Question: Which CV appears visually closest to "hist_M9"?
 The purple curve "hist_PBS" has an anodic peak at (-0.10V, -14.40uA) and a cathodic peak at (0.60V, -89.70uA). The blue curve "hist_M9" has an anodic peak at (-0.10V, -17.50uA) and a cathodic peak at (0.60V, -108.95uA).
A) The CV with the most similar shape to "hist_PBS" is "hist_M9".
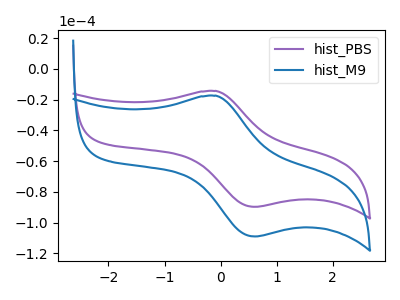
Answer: <think>All the peaks in "hist_PBS" have a peak in "hist_M9" at the same potential.
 </think>
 <answer>A) The CV with the most similar shape to "hist_PBS" is "hist_M9".</answer>
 <eval>A</eval>